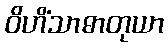
ဝိဟိံသာဓာတုယာ